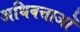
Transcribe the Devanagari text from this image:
अधिवत्ताओं